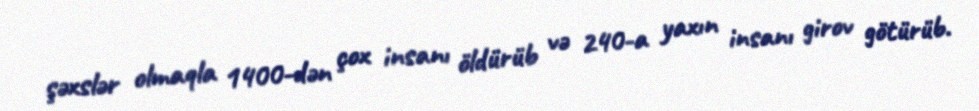
şəxslər olmaqla 1400-dən çox insanı öldürüb və 240-a yaxın insanı girov götürüb.